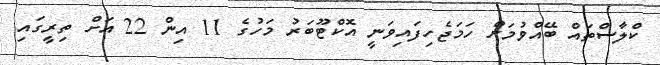
ކްލާސްތައް ބޭއްވުމަށް ހަމަޖެހިފައިވަނީ އޮކްޓޫބަރު މަހުގެ 11 އިން 22 އަށް ތިރީގައި